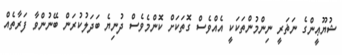
ޝުޔޫޢީންގެ ނަޡަރީ ނިންމުންތަކަކީ އެއްވެސް ގޮތަކަށް ކޮންމެވެސް ދުނިޔެ ބަދަލުކުރަން ބޭނުންވާ ފަރާތެއް